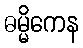
ဓမ္မိကေန